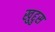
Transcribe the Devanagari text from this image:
खुद्दुस